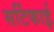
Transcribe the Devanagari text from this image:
सर्टिफाई